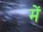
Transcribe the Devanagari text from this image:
में